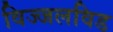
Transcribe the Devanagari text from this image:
विज्जलविड